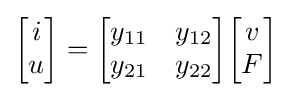
{\begin{bmatrix}i\\u\end{bmatrix}}={\begin{bmatrix}y_{11}&y_{12}\\y_{21}&y_{22}\end{bmatrix}}{\begin{bmatrix}v\\F\end{bmatrix}}